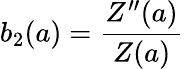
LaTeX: b_{2}(a)=\frac{Z^{\prime\prime}(a)}{Z(a)}